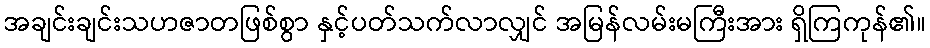
အချင်းချင်းသဟဇာတဖြစ်စွာ နှင့်ပတ်သက်လာလျှင် အမြန်လမ်းမကြီးအား ရှိကြကုန်၏။